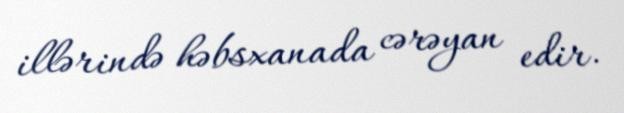
illərində həbsxanada cərəyan edir.